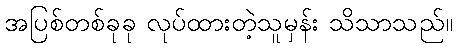
အပြစ်တစ်ခုခု လုပ်ထားတဲ့သူမှန်း သိသာသည်။